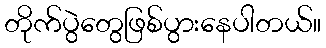
တိုက်ပွဲတွေဖြစ်ပွားနေပါတယ်။